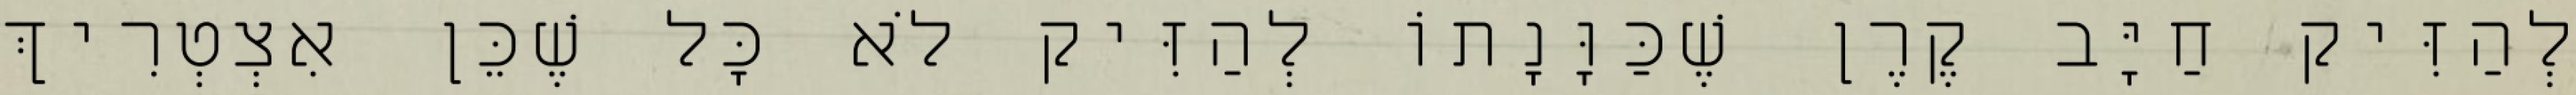
לְהַזִּיק חַיָּב קֶרֶן שֶׁכַּוָּנָתוֹ לְהַזִּיק לֹא כׇּל שֶׁכֵּן אִצְטְרִיךְ